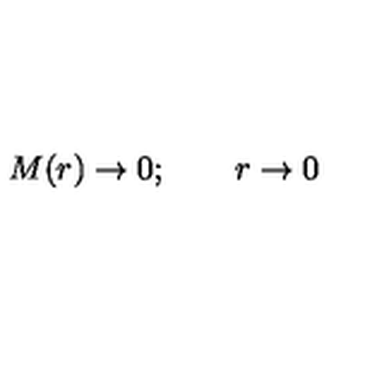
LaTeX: M ( r ) \rightarrow 0 ; \qquad r \rightarrow 0